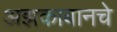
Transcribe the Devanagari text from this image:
अझकाबानचे